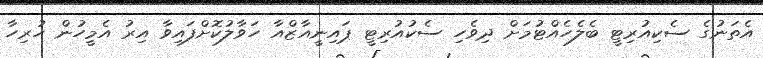
އެތަނުގެ ސެކިއުރިޓީ ބެލެހެއްޓުމަށް ދިވެހި ސެކުއުރިޓީ ޕައިނީއާޒްއާ ހަވާލުކޮށްފައިވާ އިރު އެމީހުން ހުރިހާ